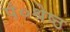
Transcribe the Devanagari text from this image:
पं०श्रेष्ठ